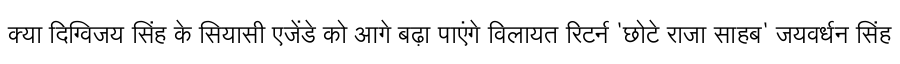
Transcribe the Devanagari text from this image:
क्या दिग्विजय सिंह के सियासी एजेंडे को आगे बढ़ा पाएंगे विलायत रिटर्न 'छोटे राजा साहब' जयवर्धन सिंह